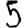
Digit: 5